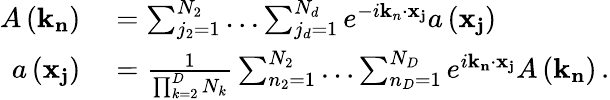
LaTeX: \begin{array}{rl}{A\left(\mathbf{k}_{\mathbf{n}}\right)}&{{}=\sum_{j_{2}=1}^{N_{2}}\ldots\sum_{j_{d}=1}^{N_{d}}e^{-i\mathbf{k}_{n}\cdot\mathbf{x}_{\mathbf{j}}}a\left(\mathbf{x}_{\mathbf{j}}\right)\, }\\ {a\left(\mathbf{x}_{\mathbf{j}}\right)}&{{}=\frac{1}{\prod_{k=2}^{D}N_{k}}\sum_{n_{2}=1}^{N_{2}}\ldots\sum_{n_{D}=1}^{N_{D}}e^{i\mathbf{k}_{\mathbf{n}}\cdot\mathbf{x}_{\mathbf{j}}}A\left(\mathbf{k}_{\mathbf{n}}\right)\, .}\end{array}